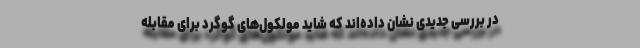
در بررسی جدیدی نشان داده‌اند که شاید مولکول‌های گوگرد برای مقابله